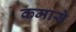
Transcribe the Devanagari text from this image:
कमासे